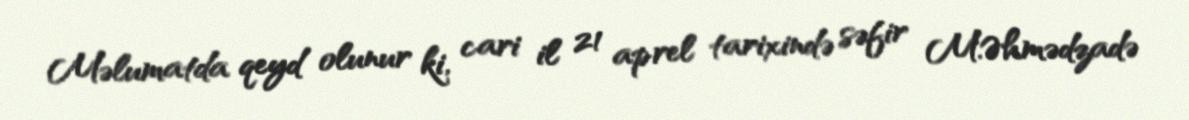
Məlumatda qeyd olunur ki, cari il 21 aprel tarixində səfir M.Əhmədzadə